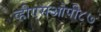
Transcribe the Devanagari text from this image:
व्हीएसओपी८७